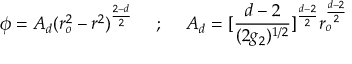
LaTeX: \phi = A _ { d } ( r _ { o } ^ { 2 } - r ^ { 2 } ) ^ { \frac { 2 - d } { 2 } } ~ ~ ~ ~ ; ~ ~ ~ ~ A _ { d } = [ \frac { d - 2 } { ( 2 g _ { 2 } ) ^ { 1 / 2 } } ] ^ { \frac { d - 2 } { 2 } } r _ { o } ^ { \frac { d - 2 } { 2 } }